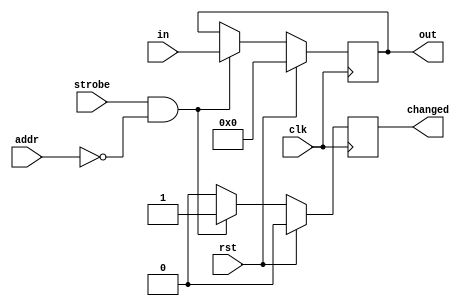
//
// Copyright 2011-2012 Ettus Research LLC
//


//----------------------------------------------------------------------
//-- A settings register is a peripheral for the settings register bus.
//-- When the settings register sees strobe abd a matching address,
//-- the outputs will be become registered to the given input bus.
//----------------------------------------------------------------------

module setting_reg
  #(parameter my_addr = 0, 
    parameter awidth = 8,
    parameter width = 32,
    parameter at_reset=0)
    (input clk, input rst, input strobe, input wire [awidth-1:0] addr,
     input wire [31:0] in, output reg [width-1:0] out, output reg changed);
   
   always @(posedge clk)
     if(rst)
       begin
	  out <= at_reset;
	  changed <= 1'b0;
       end
     else
       if(strobe & (my_addr==addr))
	 begin
	    out <= in[width-1:0];
	    changed <= 1'b1;
	 end
       else
	 changed <= 1'b0;
   
endmodule // setting_reg